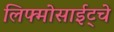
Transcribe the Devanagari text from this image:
लिफ्मोसाईट्चे